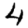
Digit: 4